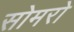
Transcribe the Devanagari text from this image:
सोमरो